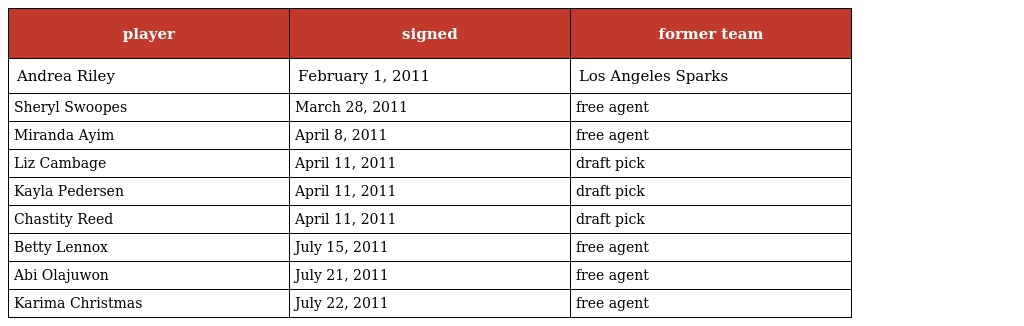
| player | signed | former team |
 | --- | --- | --- |
 | Andrea Riley | February 1, 2011 | Los Angeles Sparks |
 | Sheryl Swoopes | March 28, 2011 | free agent |
 | Miranda Ayim | April 8, 2011 | free agent |
 | Liz Cambage | April 11, 2011 | draft pick |
 | Kayla Pedersen | April 11, 2011 | draft pick |
 | Chastity Reed | April 11, 2011 | draft pick |
 | Betty Lennox | July 15, 2011 | free agent |
 | Abi Olajuwon | July 21, 2011 | free agent |
 | Karima Christmas | July 22, 2011 | free agent |